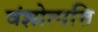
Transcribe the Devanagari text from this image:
वंशोत्पत्ति